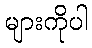
များကိုပါ